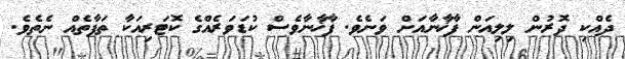
ދެއްކި ދޮރުން ލިލިއަން ފާޚާނާއަށް ވަނެވެ. ފާޚާނާވެސް ކުޑަވަރެއްގެ ކޮޓަރިއަކާ ތަފާތެއް ނެތެވެ.